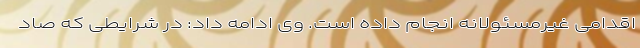
اقدامی غیرمسئولانه انجام داده است. وی ادامه داد: در شرایطی که صاد